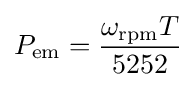
P_{\text{em}}={\frac {\omega _{\text{rpm}}T}{5252}}